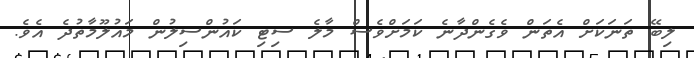
ލިބޭ ތަނަކަށް އެތަން ވެގެންދާނެ ކަމަށްވެސް މާލެ ސިޓި ކައުންސިލުން މައުލޫމާތުދެ އެވެ.